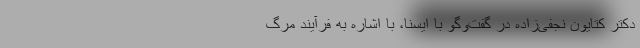
دکتر کتایون نجفی‌زاده در گفت‌وگو با ایسنا، با اشاره به فرآیند مرگ